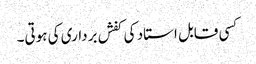
کسی قابل استاد کی کفش برداری کی ہوتی۔